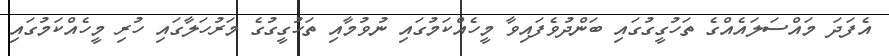
އެފަދަ މައްސަލައެއްގެ ތަހުގީގުގައި ބަންދުވެފައިވާ މީހެއްކަމުގައި ނުވުމާއި ތަހުގީގުގެ މަރުހަލާގައި ހުރި މީހެއްކަމުގައި